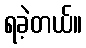
ရခဲ့တယ်။